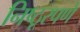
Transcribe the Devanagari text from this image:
निष्ठूरपणे